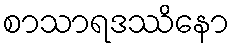
စာသာရဒဿိနော